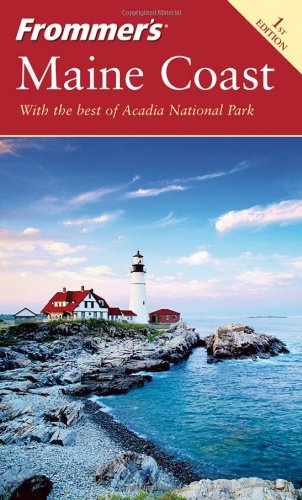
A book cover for Frommer's Maine Coast (Frommer's Complete); Paul Karr; Travel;